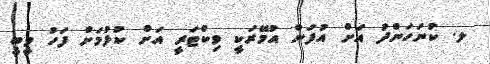
ލ. ކުނަހަންދު އަށް އުފަން އުމޭރަކީ ވިކްޓަރީ އަށް ކުޅުމަށް ފަހު ވީބީ